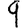
Digit: 9